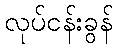
လုပ်ငန်းခွန်